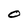
Character: O